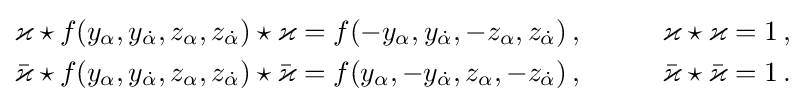
{\begin{aligned}\varkappa \star f(y_{\alpha },y_{\dot {\alpha }},z_{\alpha },z_{\dot {\alpha }})\star \varkappa &=f(-y_{\alpha },y_{\dot {\alpha }},-z_{\alpha },z_{\dot {\alpha }})\,,\qquad &&\varkappa \star \varkappa =1\,,\\{\bar {\varkappa }}\star f(y_{\alpha },y_{\dot {\alpha }},z_{\alpha },z_{\dot {\alpha }})\star {\bar {\varkappa }}&=f(y_{\alpha },-y_{\dot {\alpha }},z_{\alpha },-z_{\dot {\alpha }})\,,\qquad &&{\bar {\varkappa }}\star {\bar {\varkappa }}=1\,.\end{aligned}}